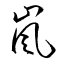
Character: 嵐